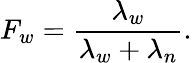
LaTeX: F_{w}=\frac{\lambda_{w}}{\lambda_{w}+\lambda_{n}}.